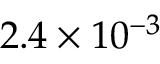
2 . 4 \times 1 0 ^ { - 3 }